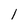
Character: 1